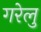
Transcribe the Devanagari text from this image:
गरेलु